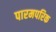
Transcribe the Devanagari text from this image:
पारमपरिक